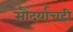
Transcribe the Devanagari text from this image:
सौंदर्याचही